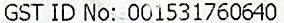
GST ID NO: 001531760640